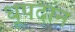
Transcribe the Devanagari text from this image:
धूपदान